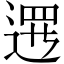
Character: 𨔍